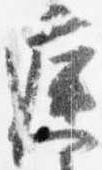
庭